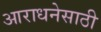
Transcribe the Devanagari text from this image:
आराधनेसाठी